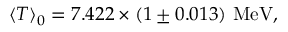
\langle T \rangle _ { 0 } = 7 . 4 2 2 \times ( 1 \pm 0 . 0 1 3 ) ~ \mathrm { M e V } ,